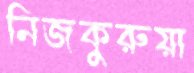
নিজকুরুয়া